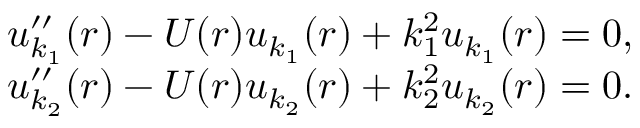
\begin{array} { r } { u _ { k _ { 1 } } ^ { \prime \prime } ( r ) - U ( r ) u _ { k _ { 1 } } ( r ) + k _ { 1 } ^ { 2 } u _ { k _ { 1 } } ( r ) = 0 , } \\ { u _ { k _ { 2 } } ^ { \prime \prime } ( r ) - U ( r ) u _ { k _ { 2 } } ( r ) + k _ { 2 } ^ { 2 } u _ { k _ { 2 } } ( r ) = 0 . } \end{array}